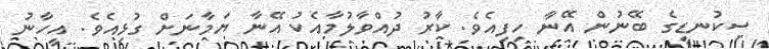
ސިކުނޑީގެ ބޭނުން އޭނާ ހިފިއެވެ. ކާރު ދުއްވާލުމާއެކު އޭނާ ޔަމާނަށް ގުޅިއެވެ. އީހާނު